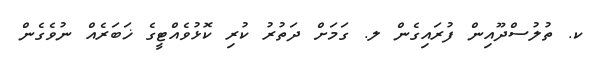
ކ. ތުލުސްދޫއިން ފުރައިގެން ލ. ގަމަށް ދަތުރު ކުރި ކޮޅުވެއްޓީގެ ޚަބަރެއް ނުވެގެން